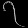
Digit: ၇